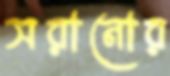
সরানোর